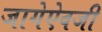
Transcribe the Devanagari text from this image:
जागेऐवजी